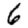
Digit: 6